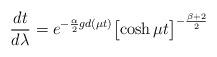
LaTeX: \begin{align*}\frac{d t}{d\lambda} = e^{-\frac{\alpha}{2} gd(\mu t)}\bigl[\cosh{\mu t}\bigr]^{-\frac{\beta + 2}{2}}\end{align*}